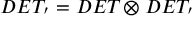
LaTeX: D E T _ { \l ^ { \prime } } = D E T _ { \l } \otimes D E T _ { \l \l ^ { \prime } }